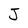
Character: J